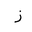
Letter: _zay